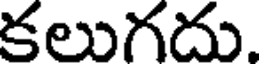
కలుగదు.